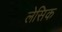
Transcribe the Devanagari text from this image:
लेसिक